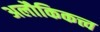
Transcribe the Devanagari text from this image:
अलौकिकत्त्व